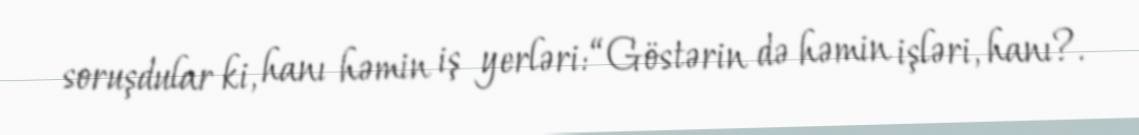
soruşdular ki, hanı həmin iş yerləri: “Göstərin də həmin işləri, hanı?.